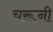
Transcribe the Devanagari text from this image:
चरूनी